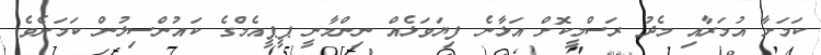
ކަމަށާ އުމަރާއި މެދު ރަސްމީކޮށް އަޅާނެ ފިޔަވަޅެއް ނިންމާނީ ޕީޕީއެމްގެ ކައުންސިލުން ކަމަށެވެ.